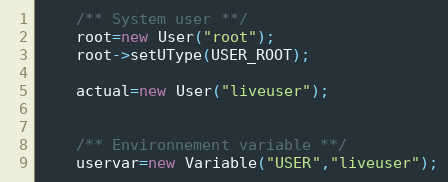
Language: C++
	/** System user **/
	root=new User("root");
	root->setUType(USER_ROOT);

	actual=new User("liveuser");

	/** Environnement variable **/
	uservar=new Variable("USER","liveuser");